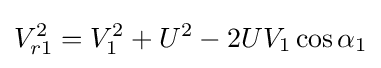
V_{r1}^{2}=V_{1}^{2}+U^{2}-2UV_{1}\cos \alpha _{1}